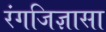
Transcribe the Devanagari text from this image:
रंगजिज्ञासा